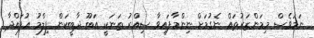
ނަމަވެސް މިމަންޒަރުތައް ނެގުމަށް ނިންމާފައިވާ ސިއްރު ތަނަކީ އަބޫ ދާބީކަން ފިލްމު އުފައްދާ